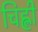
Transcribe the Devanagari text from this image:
चिह्ली